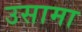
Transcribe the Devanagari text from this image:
उसामा